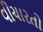
વીચારતો